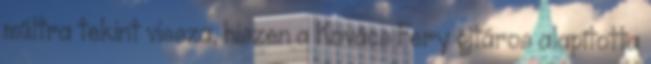
múltra tekint vissza, hiszen a Kovács Fery gitáros alapította